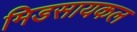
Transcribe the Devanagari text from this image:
मिडसायकल